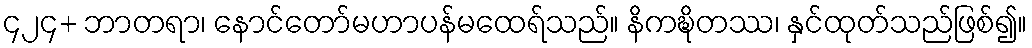
၄၂၄+ ဘာတရာ၊ နောင်တော်မဟာပန်မထေရ်သည်။ နိကဍ္ဎိတဿ၊ နှင်ထုတ်သည်ဖြစ်၍။